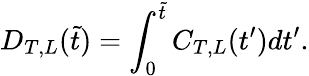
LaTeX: D_{T,L}(\tilde{t})=\int_{0}^{\tilde{t}}C_{T,L}(t^{\prime})dt^{\prime}.